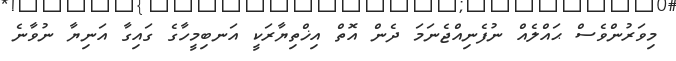
މިވަރުންވެސް ޙައްލެއް ނުފެނިއްޖެނަމަ ދެން އޮތް އިޚްތިޔާރަކީ އަނބިމީހާގެ ގައިގާ އަނިޔާ ނުވާނެ